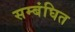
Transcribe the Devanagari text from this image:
सम्बंघित